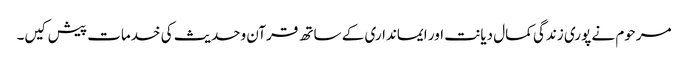
مرحوم نے پوری زندگی کمال دیانت اور ایمانداری کے ساتھ قرآن وحدیث کی خدمات پیش کیں۔